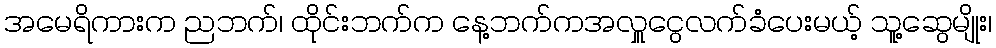
အမေရိကားက ညဘက်၊ ထိုင်းဘက်က နေ့ဘက်ကအလှူငွေလက်ခံပေးမယ့် သူ့ဆွေမျိုး၊